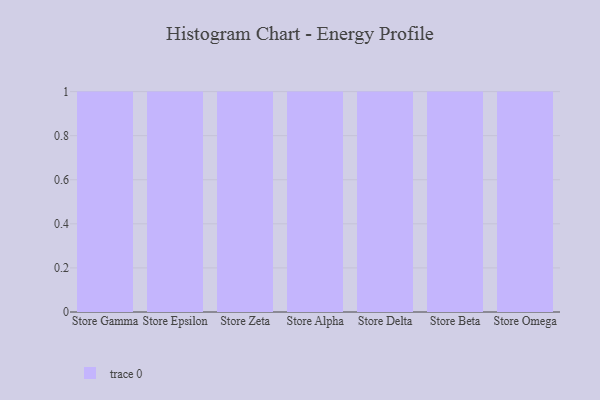
{"axis": {"x": "Store", "y": "Bounce Rate (%)"}, "legend": [""], "data": [{"x": "Store Gamma", "y": 4, "type": ""}, {"x": "Store Epsilon", "y": 62, "type": ""}, {"x": "Store Zeta", "y": 11, "type": ""}, {"x": "Store Alpha", "y": 29, "type": ""}, {"x": "Store Delta", "y": 15, "type": ""}, {"x": "Store Beta", "y": 5, "type": ""}, {"x": "Store Omega", "y": 35, "type": ""}]}